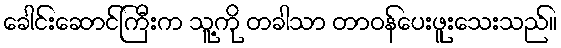
ခေါင်းဆောင်ကြီးက သူ့ကို တခါသာ တာဝန်ပေးဖူးသေးသည်။